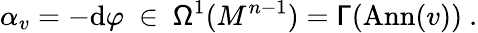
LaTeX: \alpha_{v}=-\mathrm{d}\varphi\ \in\ \mathsf{\Omega}^{1}(M^{n-1})=\mathsf{\Gamma}(\mathrm{Ann}(v))\ .